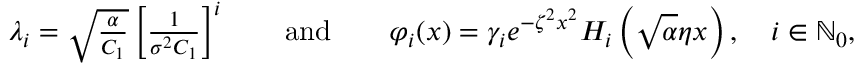
\begin{array} { r } { \lambda _ { i } = \sqrt { \frac { \alpha } { C _ { 1 } } } \left[ \frac { 1 } { \sigma ^ { 2 } C _ { 1 } } \right] ^ { i } \qquad \mathrm { a n d } \qquad \varphi _ { i } ( x ) = \gamma _ { i } e ^ { - \zeta ^ { 2 } x ^ { 2 } } H _ { i } \left( \sqrt { \alpha } \eta x \right) , \quad i \in \ensuremath { \mathbb N } _ { 0 } , } \end{array}